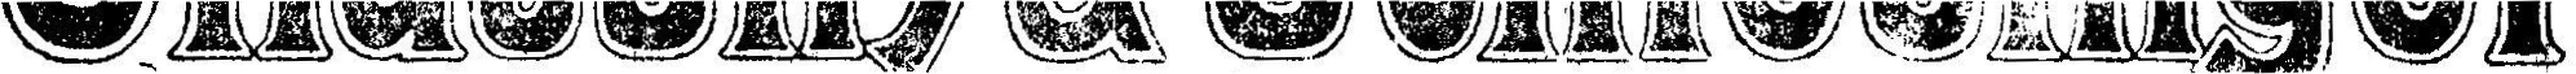
Stiassny & Schlesinger